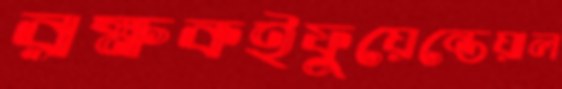
রক্ষকইফুয়েন্তেয়াল